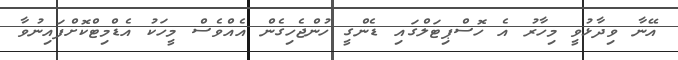
އޭނާ ވިދާޅުވީ މިހާރު އެ ހޮސްޕިޓަލްގައި ޑެންގީ ހުންޖެހިގެން އެއްވެސް މީހަކު އެޑްމިޓްކޮށްފައިނުވާ